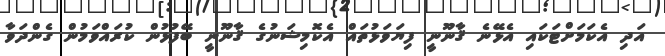
އަދި އެކަމަށްޓަކައި އެޅޭނެ ޤާނޫނީ ފިޔަވަޅުތައް އެކޮމިޝަނުގެ ޤާނޫނީ ބޭފުޅުން ކުރައްވަމުން ގެންދަވާ